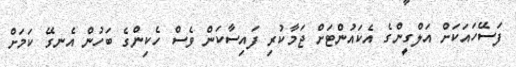
ފަސޭހައަކަށް އަލްގީންގެ އެކައުންޓަށް ޖަމާކުރި ފައިސާކަން ވެސް ހެކިންގެ ބަހުން އެނގޭ ކަމަށް